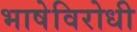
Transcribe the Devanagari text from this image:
भाषेविरोधी